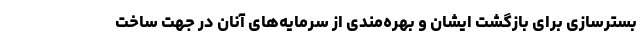
بسترسازی برای بازگشت ایشان و بهره‌مندی از سرمایه‌های آنان در جهت ساخت